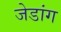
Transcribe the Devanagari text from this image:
जेडांग